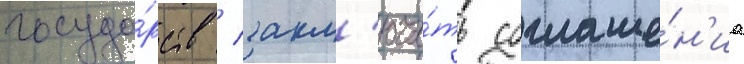
госуда́рств / закл'юча́ть соглаше́н'иа